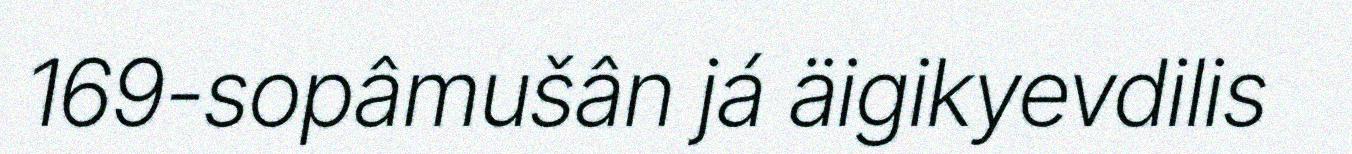
169-sopâmušân já äigikyevdilis